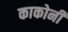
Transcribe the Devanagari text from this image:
काकोनी